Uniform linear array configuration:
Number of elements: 12
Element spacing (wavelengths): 0.25
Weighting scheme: kaiser
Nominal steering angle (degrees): -15
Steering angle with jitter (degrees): -14.341
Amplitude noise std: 0.05
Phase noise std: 0.05

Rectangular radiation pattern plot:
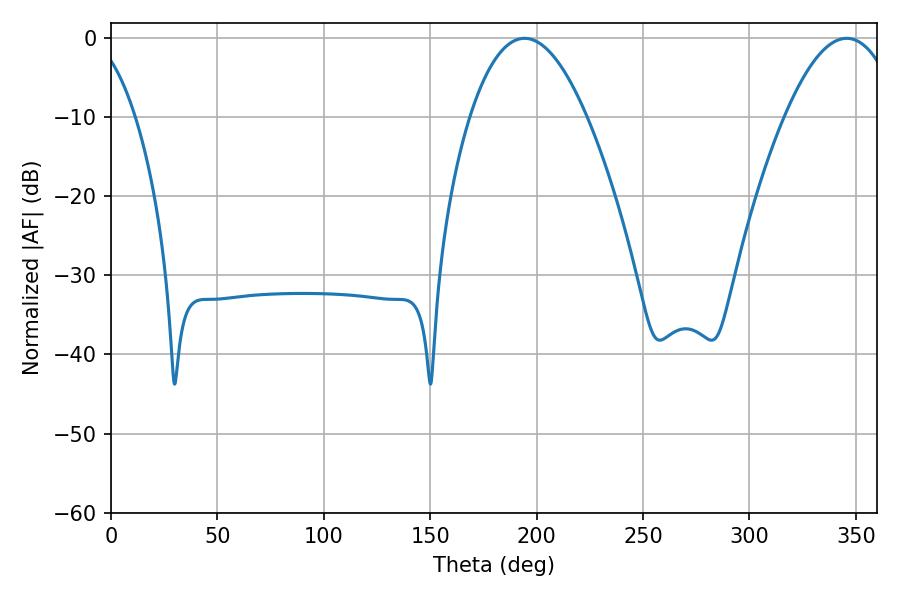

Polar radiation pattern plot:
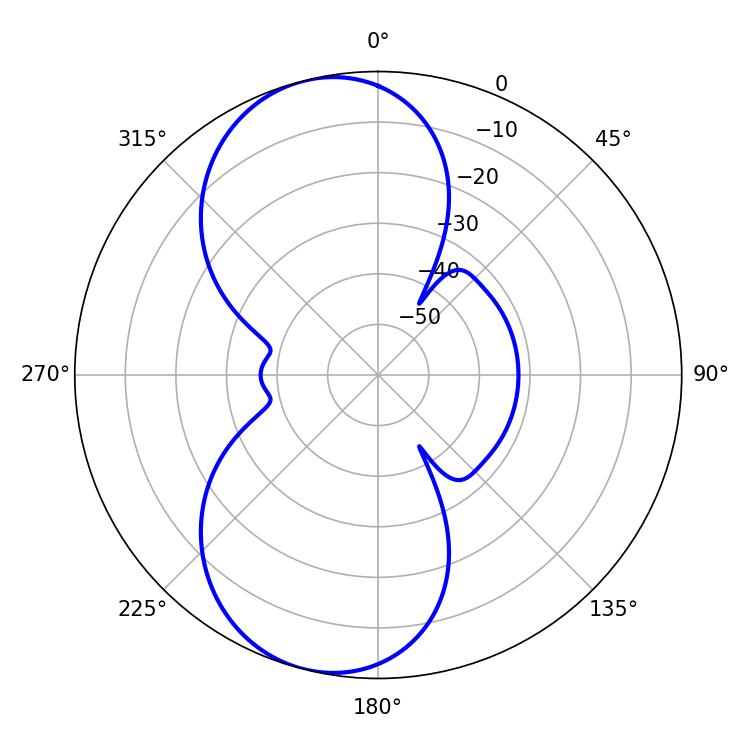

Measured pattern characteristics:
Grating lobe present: FALSE
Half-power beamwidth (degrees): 30.06
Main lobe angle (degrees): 194.4